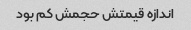
اندازه قیمتش حجمش کم بود